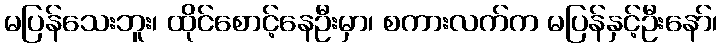
မပြန်သေးဘူး၊ ထိုင်စောင့်နေဦးမှာ၊ စကားလက်က မပြန်နှင့်ဦးနော်၊